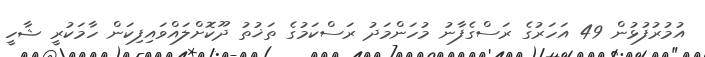
އުމުރުފުޅުން 49 އަހަރުގެ ރަސްގެފާނު މުހަންމަދު ރަސްކަމުގެ ތަޚުތު ދޫކޮށްލައްވައިފިކަން ހާމަކުރީ ޝާހީ